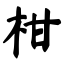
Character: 柑